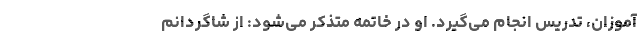
آموزان، تدریس انجام می‌گیرد. او در خاتمه متذکر می‌شود: از شاگردانم